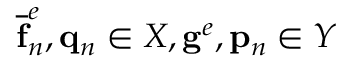
\mathbf { \overline { { f } } } _ { n } ^ { e } , \mathbf { q } _ { n } \in X , \mathbf { g } ^ { e } , \mathbf { p } _ { n } \in Y